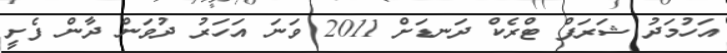
އަހުމަދު ޝަރަފް ޓްރެކް ދަނޑަށް 2011 ވަނަ އަހަރު ދުވަން ދާން ފެށީ